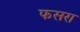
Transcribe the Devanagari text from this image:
फसरा